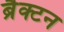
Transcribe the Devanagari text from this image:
ब्रैक्टन